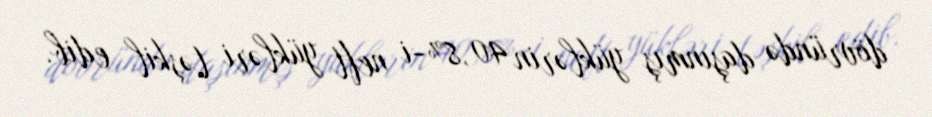
dövründə daşınmış yüklərin 40,8%-i neft yükləri təşkil edib.